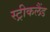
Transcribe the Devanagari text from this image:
स्ट्रीकलैंड